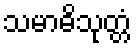
သမာဓိသုတ္တံ